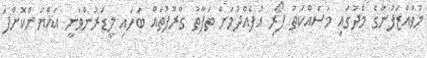
މުވައްޒަފުންގެ މެދުގައި މަސައްކަތު ފޯރި އުފެއްދުމަށް ތަފާތު ގްރޫޕުތައް ބަހައި ލީޑަރުންވަނީ އައްޔަންކޮށްފަ